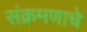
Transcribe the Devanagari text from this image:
संक्रमणाचे